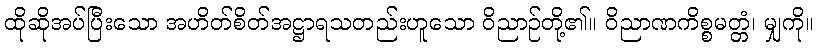
ထိုဆိုအပ်ပြီးသော အဟိတ်စိတ်အဋ္ဌာရသတည်းဟူသော ဝိညာဉ်တို့၏။ ဝိညာဏကိစ္စမတ္တံ၊ မျှကို။